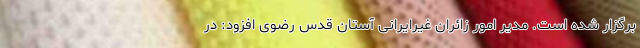
برگزار شده است. مدیر امور زائران غیرایرانی آستان قدس رضوی افزود: در